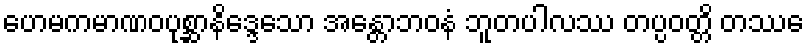
ဟေမကမာဏဝပုစ္ဆာနိဒ္ဒေသော အန္တောဘဝနံ ဘူတပါလဿ တပ္ပဝတ္တိ တဿေ